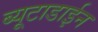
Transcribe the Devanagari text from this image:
ब्यूटाडाईन